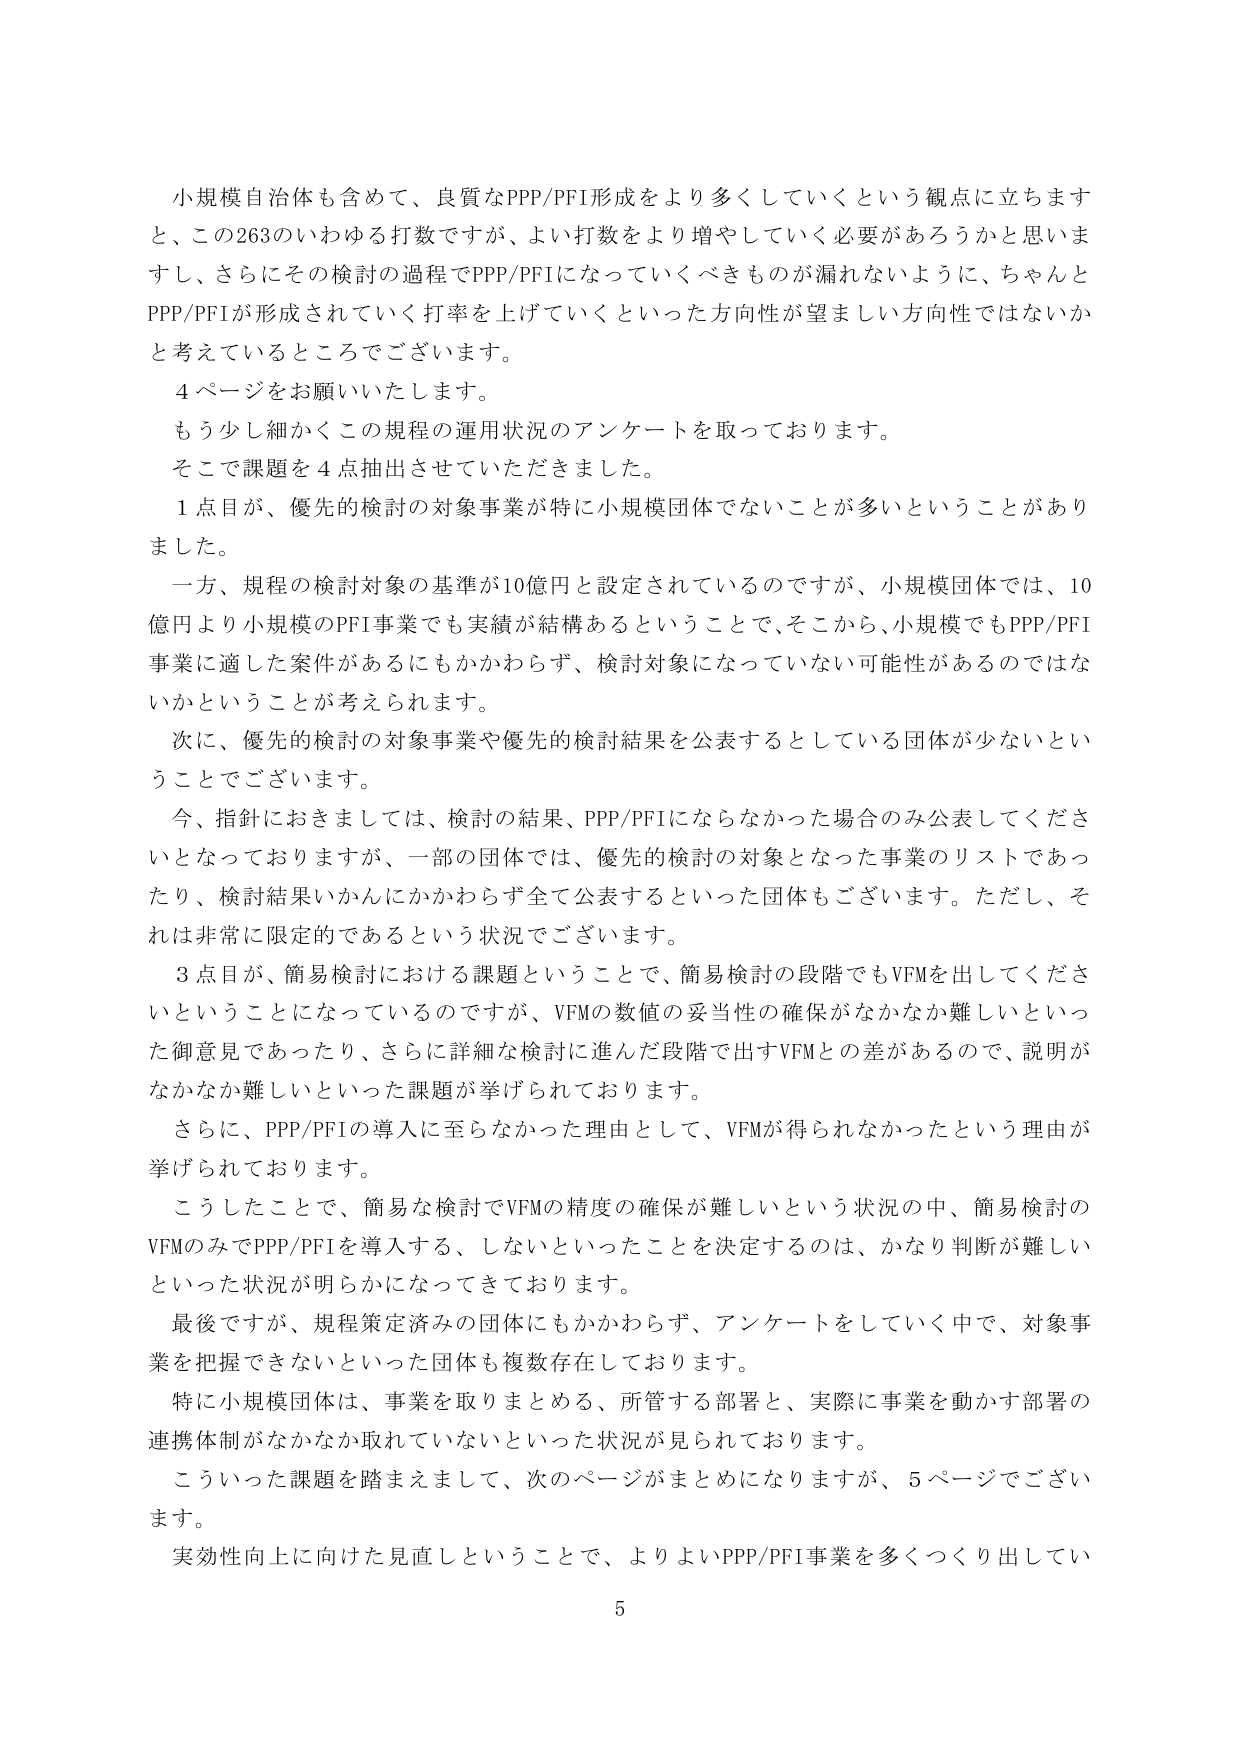
小規模自治体も含めて、良質なPPP/PFI形成をより多くしていくという観点に立ちます
と、この263のいわゆる打数ですが、よい打数をより増やしていく必要があろうかと思いま
すし、さらにその検討の過程でPPP/PFIになっていくべきものが漏れないように、ちゃんと
PPP/PFIが形成されていく打率を上げていくといった方向性が望ましい方向性ではないか
と考えているところでございます。
４ページをお願いいたします。
もう少し細かくこの規程の運用状況のアンケートを取っております。
そこで課題を４点抽出させていただきました。
１点目が、優先的検討の対象事業が特に小規模団体でないことが多いということがあり
ました。
一方、規程の検討対象の基準が10億円と設定されているのですが、小規模団体では、10
億円より小規模のPFI事業でも実績が結構あるということで、そこから、小規模でもPPP/PFI
事業に適した案件があるにもかかわらず、検討対象になっていない可能性があるのではな
いかということが考えられます。
次に、優先的検討の対象事業や優先的検討結果を公表するとしている団体が少ないとい
うことでございます。
今、指針におきましては、検討の結果、PPP/PFIにならなかった場合のみ公表してくださ
いとなっておりますが、一部の団体では、優先的検討の対象となった事業のリストであっ
たり、検討結果いかんにかかわらず全て公表するといった団体もございます。ただし、そ
れは非常に限定的であるという状況でございます。
３点目が、簡易検討における課題ということで、簡易検討の段階でもVFMを出してくださ
いということになっているのですが、VFMの数値の妥当性の確保がなかなか難しいといっ
た御意見であったり、さらに詳細な検討に進んだ段階で出すVFMとの差があるので、説明が
なかなか難しいといった課題が挙げられております。
さらに、PPP/PFIの導入に至らなかった理由として、VFMが得られなかったという理由が
挙げられております。
こうしたことで、簡易な検討でVFMの精度の確保が難しいという状況の中、簡易検討の
VFMのみでPPP/PFIを導入する、しないといったことを決定するのは、かなり判断が難しい
といった状況が明らかになってきております。
最後ですが、規程策定済みの団体にもかかわらず、アンケートをしていく中で、対象事
業を把握できないといった団体も複数存在しております。
特に小規模団体は、事業を取りまとめる、所管する部署と、実際に事業を動かす部署の
連携体制がなかなか取れていないといった状況が見られております。
こういった課題を踏まえまして、次のページがまとめになりますが、５ページでござい
ます。
実効性向上に向けた見直しということで、よりよいPPP/PFI事業を多くつくり出してい
5